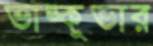
ভাঙ্কুভার